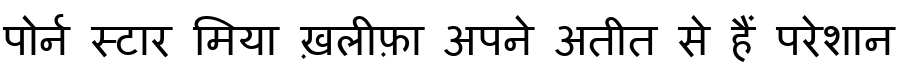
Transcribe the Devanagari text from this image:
पोर्न स्टार मिया ख़लीफ़ा अपने अतीत से हैं परेशान